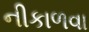
નીકાળવા